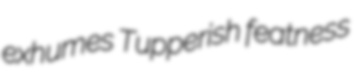
exhumes Tupperish featness